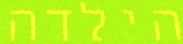
הילדה